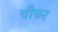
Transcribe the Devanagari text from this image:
चौफर